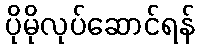
ပိုမိုလုပ်ဆောင်ရန်